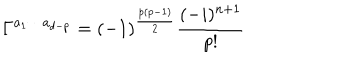
\Gamma ^ { a _ { 1 } \cdots a _ { d - p } } = ( - 1 ) ^ { \frac { p ( p - 1 ) } { 2 } } \frac { ( - i ) ^ { n + 1 } } { p ! }